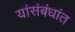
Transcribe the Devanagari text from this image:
यांसंबंधांत